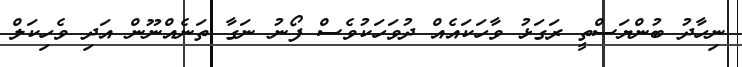
ނިހާދު ބުންޔަސްތީ ރަގަޅު ވާހަކައެއް ދުވަހަކުވެސް ފޯނު ނަގާ ތަނެއްނޫން އަދި ވެހިކަލް